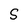
Character: S